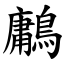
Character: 鷛